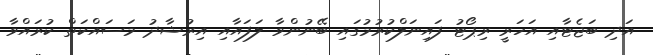
އަދި ބަޖެޓާއި އަހަރީ ރިޕޯޓު ފައިނަލްކުރުމުގައި ބޭނުންވާ ލަފައާއި އިރުޝާދު މަސައްކަތް ކުރައްވާ